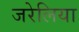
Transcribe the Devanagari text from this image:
जरेलिया